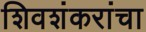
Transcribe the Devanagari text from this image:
शिवशंकरांचा